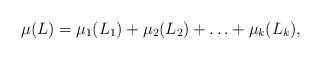
LaTeX: \begin{align*}\mu (L) = \mu _{1}(L_1) + \mu _{2}(L_2)+\ldots +\mu _{k}(L_k),\end{align*}